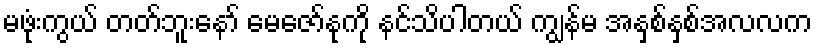
မဖုံးကွယ် တတ်ဘူးနော် မေဇော်နုကို နင်သိပါတယ် ကျွန်မ အနှစ်နှစ်အလလက